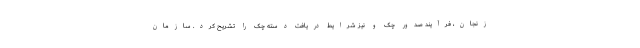
زنجان، فرآیند صدور چک و نیز شرایط دریافت دسته چک را تشریح کرد. سازمان